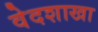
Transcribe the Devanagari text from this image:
वेदशाखा